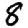
Digit: 8